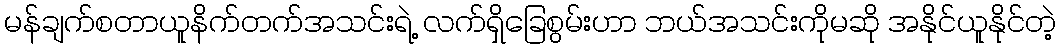
မန်ချက်စတာယူနိက်တက်အသင်းရဲ့ လက်ရှိခြေစွမ်းဟာ ဘယ်အသင်းကိုမဆို အနိုင်ယူနိုင်တဲ့